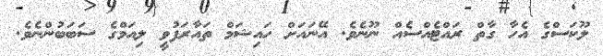
ލޫކަސްގެ އެހާ ގާތް ރައްޓެއްސެއް ނޫނެވެ. އޭނައަށް ހައިޝަމް ތައާރަފުވީ ލިއަމްގެ ސަބަބުންނެވެ.